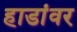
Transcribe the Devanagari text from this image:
हाडांवर